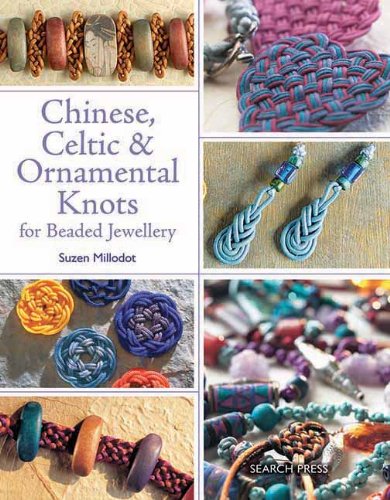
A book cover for Chinese, Celtic & Ornamental Knots for Beaded Jewellery; Suzen Millodot; Crafts, Hobbies & Home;